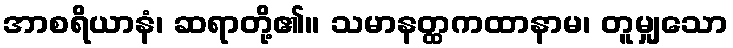
အာစရိယာနံ၊ ဆရာတို့၏။ သမာနတ္ထကထာနာမ၊ တူမျှသော